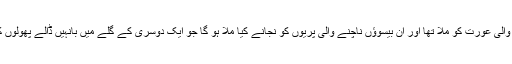
دو ہزار ٹورسٹ گائیڈ کے ہزار روپیہ انتظام کروانے والی عورت کو مِلا تھا اور ان بیسوؤں ناچنے والی پریوں کو نجانے کیا مِلا ہو گا جو ایک دوسری کے گلے میں بانہیں ڈالے پھولوں کی مالا بنی نیم دائرے میں گھنٹوں گھومتی رہی تھیں۔